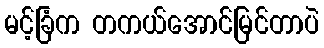
မင့်ခြံက တကယ်အောင်မြင်တာပဲ